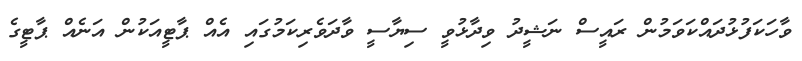
ވާހަކަފުޅުދައްކަވަމުން ރައީސް ނަޝީދު ވިދާޅުވީ ސިޔާސީ ވާދަވެރިކަމުގައި އެއް ޕާޓީއަކުން އަނެއް ޕާޓީގެ